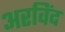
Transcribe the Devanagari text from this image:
अरविंद